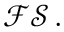
{ \mathcal { F S } } \, .